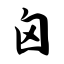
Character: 囟